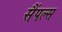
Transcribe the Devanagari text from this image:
सैंपल्स